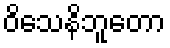
ဝိသေနိဘူတော